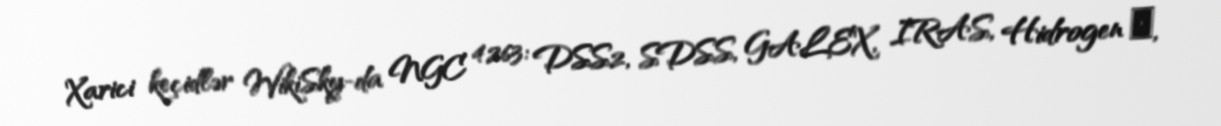
Xarici keçidlər WikiSky-da NGC 4263: DSS2, SDSS, GALEX, IRAS, Hidrogen α,